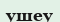
ушеу